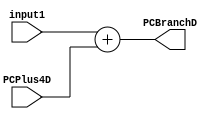
`timescale 1ns / 1ps
//////////////////////////////////////////////////////////////////////////////////
// Company: 
// Engineer: 
// 
// Design Name: 
// Module Name:    Sumador_EID 
// Project Name: 
// Target Devices: 
// Tool versions: 
// Description: 
//
// Dependencies: 
//
// Revision: 
// Revision 0.01 - File Created
// Additional Comments: 
//
//////////////////////////////////////////////////////////////////////////////////
module Sumador_EID(
	input wire [8:0] input1,
	input wire [8:0] PCPlus4D,
	output reg [8:0] PCBranchD
);

always@(*)
begin
	PCBranchD <= input1 + PCPlus4D;
end


endmodule